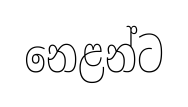
නෙළන්ට